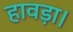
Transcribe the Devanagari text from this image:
हावड़ा।